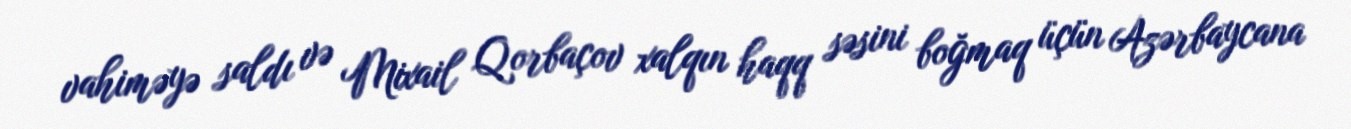
vahiməyə saldı və Mixail Qorbaçov xalqın haqq səsini boğmaq üçün Azərbaycana